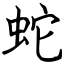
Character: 蛇